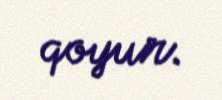
qoyur.